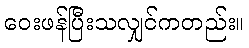
ဝေးဖန်ပြီးသလျှင်ကတည်း။